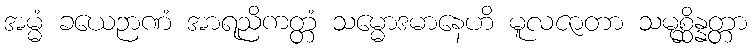
အမ္မံ ခယေဉာဏံ အာရညိကတ္တံ သမ္မောဒမာနေဟိ မူလဇာတာ သမုစ္ဆိန္နတ္တာ